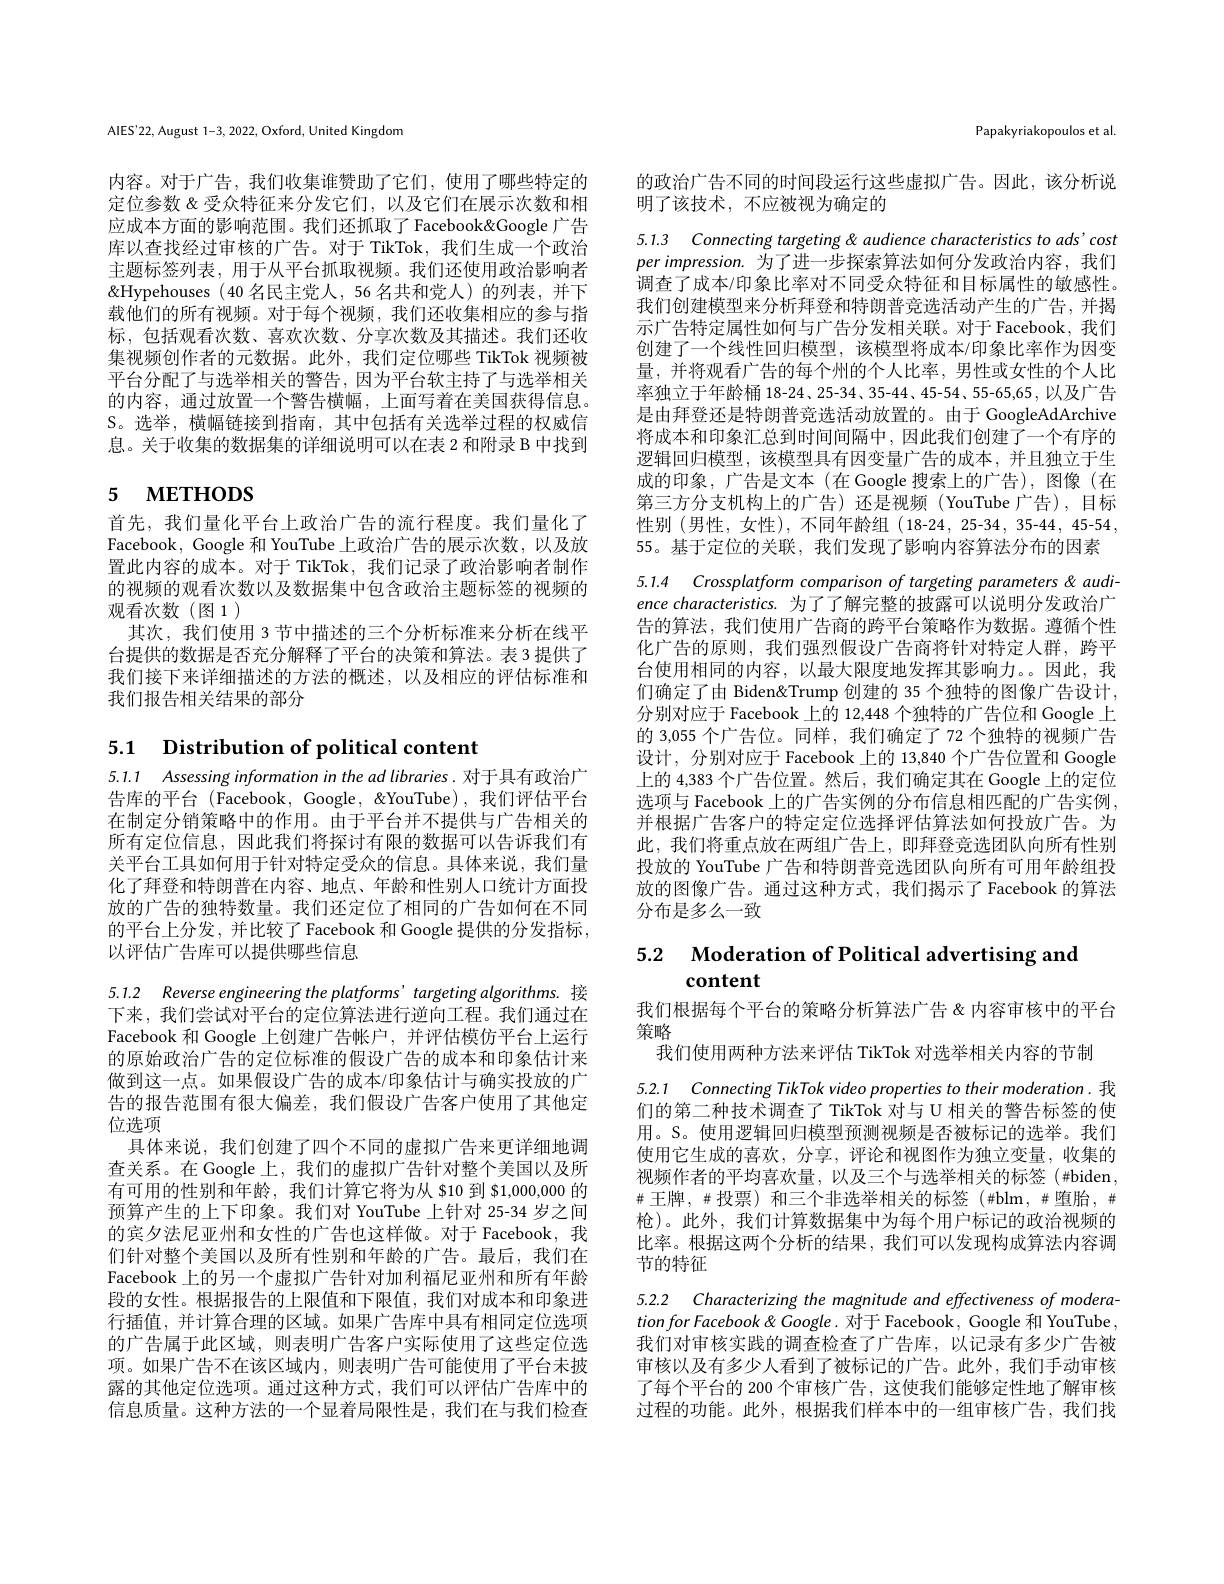
AlES'22, August 1-3, 2022, Oxford, United Kingdom

内容。对于广告，我们收集谁赞助了它们，使用了哪些特定的定位参数 &受众特征来分发它们，以及它们在展示次数和相应成本方面的影响范围。我们还抓取了Facebook&Google 广告库以查找经过审核的广告。对于 TikTok, 我们生成一个政治主题标签列表，用于从平台抓取视频。我们还使用政治影响者&Hypehouses (40 名民主党人，56 名共和党人)的列表，并下载他们的所有视频。对于每个视频，我们还收集相应的参与指标，包括观看次数、喜欢次数、分享次数及其描述。我们还收集视频创作者的元数据。此外，我们定位哪些 TikTok 视频被平台分配了与选举相关的警告，因为平台软主持了与选举相关的内容，通过放置一个警告横幅，上面写着在美国获得信息。S。选举，横幅链接到指南，其中包括有关选举过程的权威信息。关于收集的数据集的详细说明可以在表 2 和附录 B 中找到

# 5 мЕтнорз

首先，我们量化平台上政治广告的流行程度。我们量化了Facebook, Google 和 YouTube 上政治广告的展示次数，以及放置此内容的成本。对于 TikTok, 我们记录了政治影响者制作的视频的观看次数以及数据集中包含政治主题标签的视频的观看次数(图1)
其次，我们使用 3 节中描述的三个分析标准来分析在线平台提供的数据是否充分解释了平台的决策和算法。表 3 提供了我们接下来详细描述的方法的概述，以及相应的评估标准和我们报告相关结果的部分

# 5.1 $\textbf{Distribution of political content}$

5.1.1 Assessing information in the ad libraries. 对于具有政治广告库的平台 (Facebook, Google, """ fouTube), 我们评估平台在制定分销策略中的作用。由于平台并不提供与广告相关的所有定位信息，因此我们将探讨有限的数据可以告诉我们有关平台工具如何用于针对特定受众的信息。具体来说，我们量化了拜登和特朗普在内容、地点、年龄和性别人口统计方面投放的广告的独特数量。我们还定位了相同的广告如何在不同的平台上分发 ,并比较了 Facebook 和 Google 提供的分发指标， 以评估广告库可以提供哪些信息

5.1.2 Reverse engineering the platforms' targeting algorithms. 接下来，我们尝试对平台的定位算法进行逆向工程。我们通过在Facebook 和 Google 上创建广告帐户，并评估模仿平台上运行的原始政治广告的定位标准的假设广告的成本和印象估计来做到这一点。如果假设广告的成本/印象估计与确实投放的广告的报告范围有很大偏差，我们假设广告客户使用了其他定位选项
具体来说，我们创建了四个不同的虚拟广告来更详细地调查关系。在 Google 上，我们的虚拟广告针对整个美国以及所有可用的性别和年龄，我们计算它将为从 $10 到 $1,000,000 的预算产生的上下印象。我们对 YouTube 上针对 25-34 岁之间的宾夕法尼亚州和女性的广告也这样做。对于 Facebook,我们针对整个美国以及所有性别和年龄的广告。最后，我们在Facebook 上的另一个虚拟广告针对加利福尼亚州和所有年龄段的女性。根据报告的上限值和下限值，我们对成本和印象进行插值，并计算合理的区域。如果广告库中具有相同定位选项的广告属于此区域，则表明广告客户实际使用了这些定位选项。如果广告不在该区域内，则表明广告可能使用了平台未披露的其他定位选项。通过这种方式，我们可以评估广告库中的信息质量。这种方法的一个显着局限性是，我们在与我们检查

Papakyriakopoulos et al.

的政治广告不同的时间段运行这些虚拟广告。因此，该分析说
明了该技术，不应被视为确定的

5.1.3 Connecting targeting & audience characteristics to ads'cost per impression. 为了进一步探索算法如何分发政治内容，我们调查了成本/印象比率对不同受众特征和目标属性的敏感性。我们创建模型来分析拜登和特朗普竞选活动产生的广告，并揭示广告特定属性如何与广告分发相关联。对于 Facebook, 我们创建了一个线性回归模型，该模型将成本/印象比率作为因变量，并将观看广告的每个州的个人比率，男性或女性的个人比率独立于年龄桶 18-24、25-34、35-44、45-54、55-65,65,以及广告是由拜登还是特朗普竞选活动放置的。由于 GoogleAdArchive 将成本和印象汇总到时间间隔中，因此我们创建了一个有序的逻辑回归模型，该模型具有因变量广告的成本，并且独立于生成的印象，广告是文本(在 Google 搜索上的广告),图像(在第三方分支机构上的广告)还是视频(YouTube 广告),目标性别 (男性，女性), 不同年龄组 (18-24, 25-34, 35-44, 45-54, 55。基于定位的关联，我们发现了影响内容算法分布的因素
5.1.4 Crossplatform comparison of targeting parameters & audience characteristics. 为了了解完整的披露可以说明分发政治广告的算法，我们使用广告商的跨平台策略作为数据。遵循个性化广告的原则，我们强烈假设广告商将针对特定人群，跨平台使用相同的内容，以最大限度地发挥其影响力。。因此，我们确定了由 Biden&Trump 创建的 35 个独特的图像广告设计， 分别对应于 Facebook 上的 12,448 个独特的广告位和 Google 上的 3,055 个广告位。同样，我们确定了 72 个独特的视频广告设计，分别对应于 Facebook 上的 13,840 个广告位置和 Google 上的 4,383 个广告位置。然后，我们确定其在 Google 上的定位选项与 Facebook 上的广告实例的分布信息相匹配的广告实例， 并根据广告客户的特定定位选择评估算法如何投放广告。为此，我们将重点放在两组广告上，即拜登竞选团队向所有性别投放的 YouTube 广告和特朗普竞选团队向所有可用年龄组投放的图像广告。通过这种方式，我们揭示了Facebook 的算法分布是多么一致

5.2 $\textbf{Moderation of Political advertising and}$
## content

我们根据每个平台的策略分析算法广告&内容审核中的平台
策略
我们使用两种方法来评估 TikTok 对选举相关内容的节制

5.2.1 Connecting TikTok video properties to their moderation. 我们的第二种技术调查了 TikTok 对与 U 相关的警告标签的使用。S。使用逻辑回归模型预测视频是否被标记的选举。我们使用它生成的喜欢，分享，评论和视图作为独立变量，收集的视频作者的平均喜欢量，以及三个与选举相关的标签(#biden, $\#$ 王牌，并投票) 和三个非选举相关的标签 $( \#$blm$, \#$堕胎$,\#$ 枪)。此外，我们计算数据集中为每个用户标记的政治视频的比率。根据这两个分析的结果，我们可以发现构成算法内容调节的特征

5.2.2 Characterizing the magnitude and effectiveness of moderation for Facebook & Coogle. 对于 Facebook, Google 和 YouTube, 我们对审核实践的调查检查了广告库，以记录有多少广告被审核以及有多少人看到了被标记的广告。此外，我们手动审核了每个平台的 200 个审核广告，这使我们能够定性地了解审核过程的功能。此外，根据我们样本中的一组审核广告，我们找